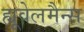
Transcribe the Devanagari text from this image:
ह्यूवेलमैन्स